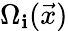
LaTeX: \Omega_{\mathbf{i}}(\vec{{x}})